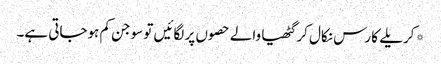
*کریلے کا رس نکال کر گٹھیا والے حصوں پر لگائیں تو سوجن کم ہوجاتی ہے۔